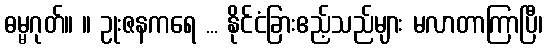
ဓမ္မဂုတ်။ ။ ဥုးဇနကရေ ... နိုင်ငံခြားဧည့်သည်များ မလာတာကြာပြီ၊